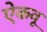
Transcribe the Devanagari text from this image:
ऐकवू